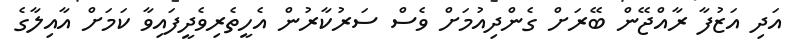
އަދި އަޒުފާ ރާއްޖޭން ބޭރަށް ގެންދިއުމަށް ވެސް ސަރުކާރުން އެހީތެރިވެދީފައިވާ ކަމަށް އާއިލާގެ